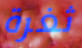
ثغرة